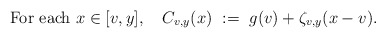
\begin{align*} {\rm For\ each}\ x \in [v,y],\ \ \ C_{v,y}(x)\ :=\ g(v) + \zeta_{v,y}(x - v).\end{align*}